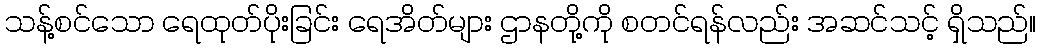
သန့်စင်သော ရေထုတ်ပိုးခြင်း ရေအိတ်များ ဌာနတို့ကို စတင်ရန်လည်း အဆင်သင့် ရှိသည်။